Indian journal of veterinary science and animal husbandry - Volume 14,
Year: 1944
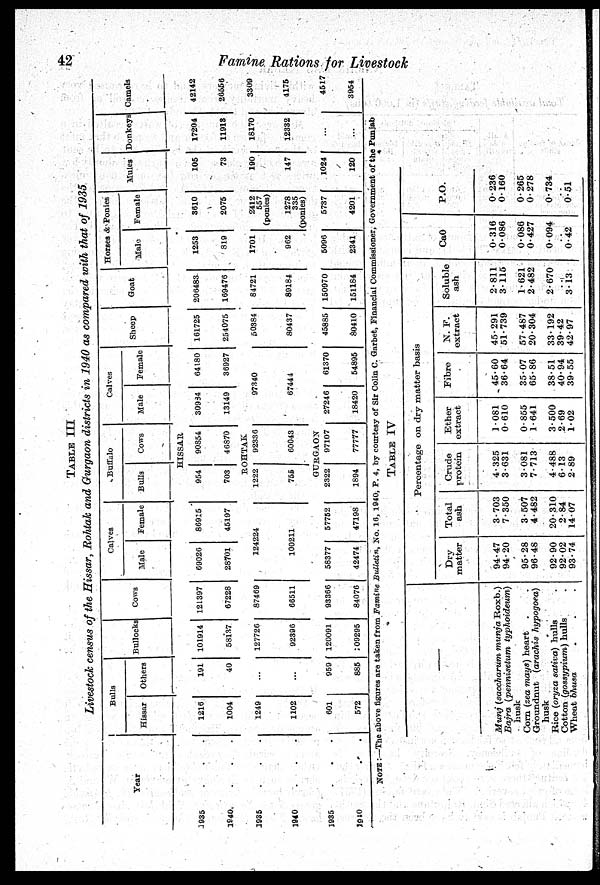
42
Famine Rations for Livestock
TABLE III
Livestock census of the Hissar, Rohtak and Gurgaon districts in 1940 as compared with that of 1935
Year
1935 . . .
1940 . . .
1935 . . .
1940 . . .
1935 . . .
1940 . . .
Bulls
Hissar
1216
1004
1249
1102
601
572
Others
191
40
...
...
959
885
Bullocks
101914
58137
127726
92396
120091
109295
Cows
121397
67228
87469
66511
93366
84076
Calves
Male
69026
28701
Female
86915
45197
124224
100211
58377
42474
57752
47198
Buffalo
Bulls
Cows
HISSAR
954
703
90854
46870
ROHTAK
1222
755
92336
60043
GURGAON
2322
1894
97107
77777
Calves
Male
30984
13149
Female
64180
36927
97340
67444
27246
18420
61370
54895
Sheep
161725
254075
50384
80437
45885
80410
Goat
206483
169476
84721
89184
150970
151184
Horses & Ponies
Male
1253
819
1701
962
5096
2341
Female
3610
2075
2412
557
(ponies)
1278
335
(ponies)
5737
4201
Mules
105
73
190
147
1024
120
Donkeys
17204
11913
18170
12332
...
...
Camels
42142
26556
3309
4175
4517
3954
NOTE :—The above figures are taken from Famine Bulletin, No. 16, 1940, P. 4, by courtesy of Sir Colin C. Garbet, Financial Commissioner, Government of the Punjab
TABLE IV
—
Munj (saccharum munja Roxb.)
Bajra (pennisetum typhoideum)
husk
Corn (zea mays) heart . .
Groundnut (arachis hypogoea)
husk
Rice (oryza sativa) hulls .
Cotton (gossypium) hulls .
Wheat bhusa . . .
Percentage on dry matter basis
Dry
matter
94.47
94.20
95.28
96.48
92.90
92.02
93.74
Total
ash
3.703
7.350
3.507
4.482
20.310
2.84
14.07
Crude
protein
4.325
3.631
3.081
7.713
4.488
6.13
2.89
Ether
extract
1.081
0.610
0.855
1.641
3.500
2.69
1.02
Fibre
45.60
36.64
35.07
65.86
38.51
40.94
39.55
N. F.
extract
45.291
51.739
57.487
20.304
33.192
39.42
42.97
Soluble
ash
2.811
3.115
1.621
2.482
2.670
. .
3.13
CaO
0.316
0.086
0.086
0.427
0.094
. .
0.42
P.O.
0.236
0.160
0.265
0.278
0.734
. .
0.51